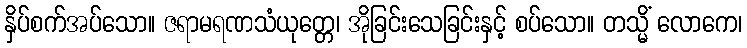
နှိပ်စက်အပ်သော။ ဇရာမရဏသံယုတ္တေ၊ အိုခြင်းသေခြင်းနှင့် စပ်သော။ တသ္မိံ လောကေ၊